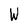
Character: W